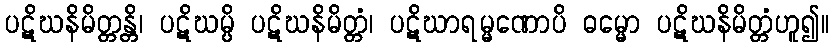
ပဋိဃနိမိတ္တန္တိ၊ ပဋိဃမ္ပိ ပဋိဃနိမိတ္တံ၊ ပဋိဃာရမ္မဏောပိ ဓမ္မော ပဋိဃနိမိတ္တံဟူ၍။